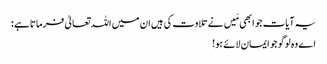
یہ آیات جو ابھی مَیں نے تلاوت کی ہیں ان میں اللہ تعالیٰ فرماتاہے :
اے وہ لوگو جو ایمان لائے ہو!